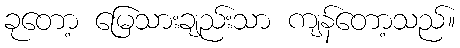
ခုတော့ မြေသားချည်းသာ ကျန်တော့သည်။